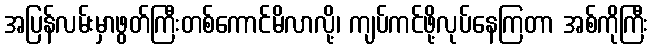
အပြန်လမ်းမှာဖွတ်ကြီးတစ်ကောင်မိလာလို့၊ ကျပ်ကင်ဖို့လုပ်နေကြတာ အစ်ကိုကြီး